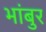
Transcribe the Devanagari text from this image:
भांबुर